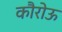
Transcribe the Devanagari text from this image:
कौरोऊ